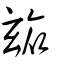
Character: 玈